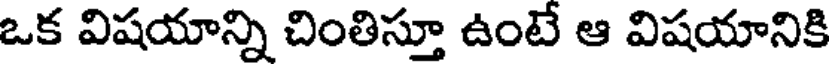
ఒక విషయాన్ని చింతిస్తూ ఉంటే ఆ విషయానికి